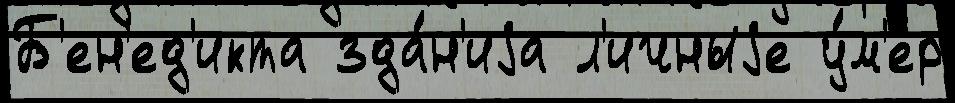
Б'ен'ед'икта зда́н'иjа л'ичныjе у́м'ер